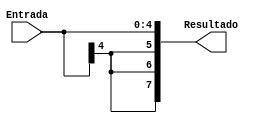
module ExtensorDeSinal (Entrada, Resultado);

    input signed [4:0] Entrada;
    output signed [7:0] Resultado;

    assign Resultado = {Entrada[4], Entrada[4], Entrada[4], Entrada};

endmodule